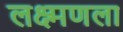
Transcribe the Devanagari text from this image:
लक्ष्मणला